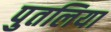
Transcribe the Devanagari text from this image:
पुतलिया